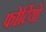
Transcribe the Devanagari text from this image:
फोर्टियो